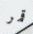
قمر